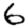
Digit: 6